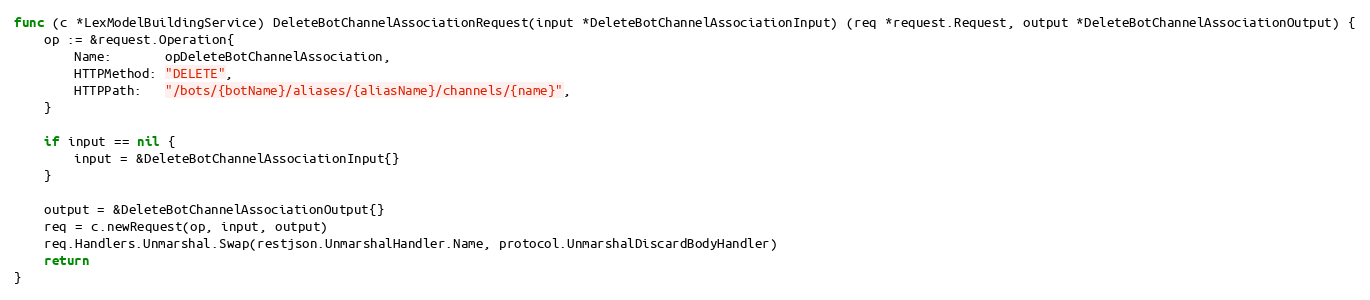
Language: Go
func (c *LexModelBuildingService) DeleteBotChannelAssociationRequest(input *DeleteBotChannelAssociationInput) (req *request.Request, output *DeleteBotChannelAssociationOutput) {
	op := &request.Operation{
		Name:       opDeleteBotChannelAssociation,
		HTTPMethod: "DELETE",
		HTTPPath:   "/bots/{botName}/aliases/{aliasName}/channels/{name}",
	}

	if input == nil {
		input = &DeleteBotChannelAssociationInput{}
	}

	output = &DeleteBotChannelAssociationOutput{}
	req = c.newRequest(op, input, output)
	req.Handlers.Unmarshal.Swap(restjson.UnmarshalHandler.Name, protocol.UnmarshalDiscardBodyHandler)
	return
}